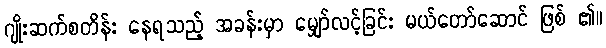
ဂျိုးဆက်စတိန်း နေရသည့် အခန်းမှာ မျှော်လင့်ခြင်း မယ်တော်ဆောင် ဖြစ် ၏။